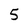
Character: 5